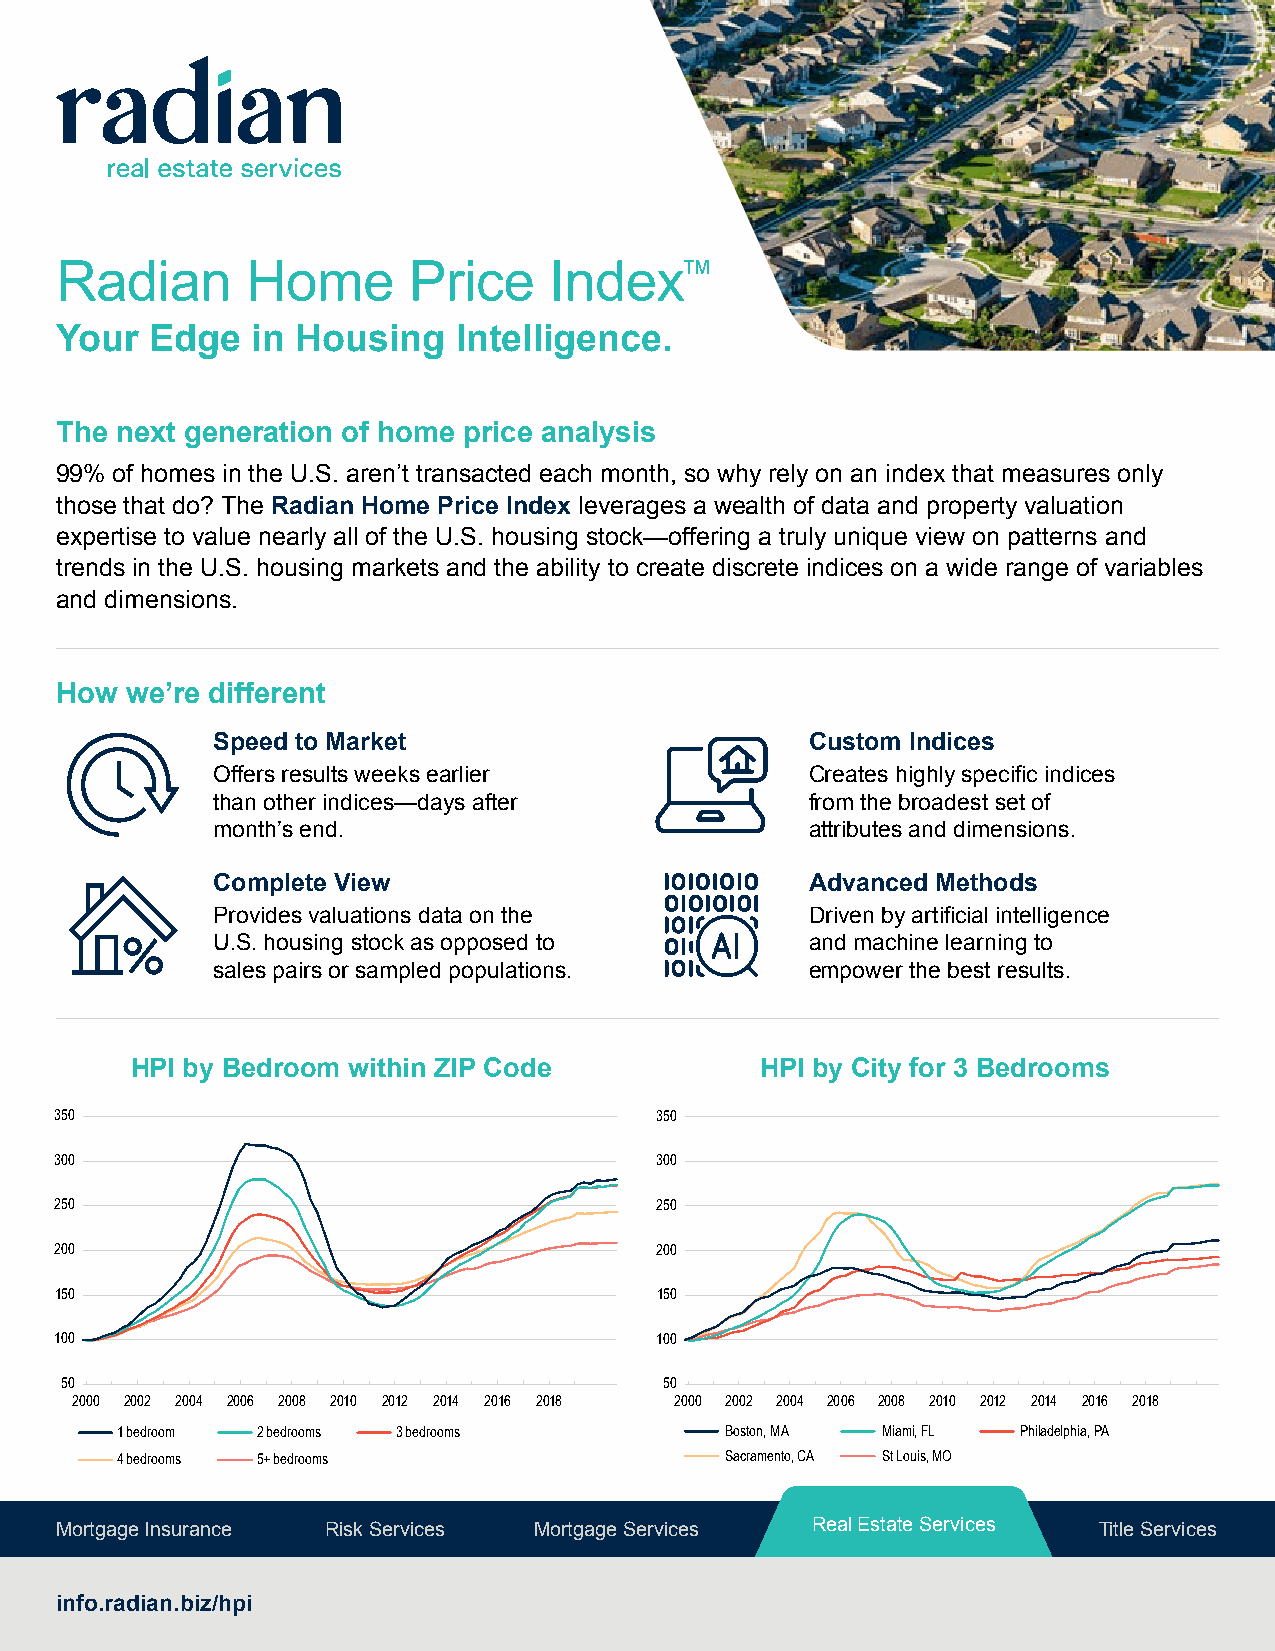
Radian      Home       Price    Index™
 Your  Edge   in Housing   Intelligence.
 The next generation of home price analysis
 99% of homes in the U.S. aren’t transacted each month, so why rely on an index that measures only
 those that do? The Radian Home Price Index leverages a wealth of data and property valuation
 expertise to value nearly all of the U.S. housing stock—offering a truly unique view on patterns and
 trends in the U.S. housing markets and the ability to create discrete indices on a wide range of variables
 and dimensions.
 How we’re different
 Speed to Market                         Custom Indices
 Offers results weeks earlier            Creates highly specific indices
 than other indices—days after           from the broadest set of
 month’s end.                            attributes and dimensions.
 Complete View                           Advanced Methods
 Provides valuations data on the         Driven by artificial intelligence
 U.S. housing stock as opposed to        and machine learning to
 sales pairs or sampled populations.     empower the best results.
 HPI by Bedroom within ZIP Code           HPI by City for 3 Bedrooms
 350                                    350
 300                                    300
 250                                    250
 200                                    200
 150                                    150
 100                                    100
 50                                      50
 2000 ‘01 2002 2004 2006 2008 2010 ‘11 2012 ‘13 2014 ‘15 2016 ‘17 2018 ‘19 20002001200220032004200520062007200820092010201120122013201420152016201720182019
 1 bedroom 2 bedrooms 3 bedrooms         Boston, MA Miami, FL Philadelphia, PA
 4 bedrooms 5+ bedrooms                  Sacramento, CA St Louis, MO
 Mortgage Insurance Risk Services Mortgage Services RReeaall EEssttaattee SSeerrvviicceess Title Services
 info.radian.biz/hpi